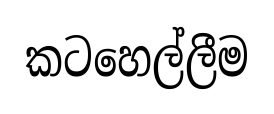
කටහෙල්ලීම